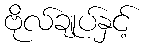
ဗိုလ်ချုပ်နှင့်